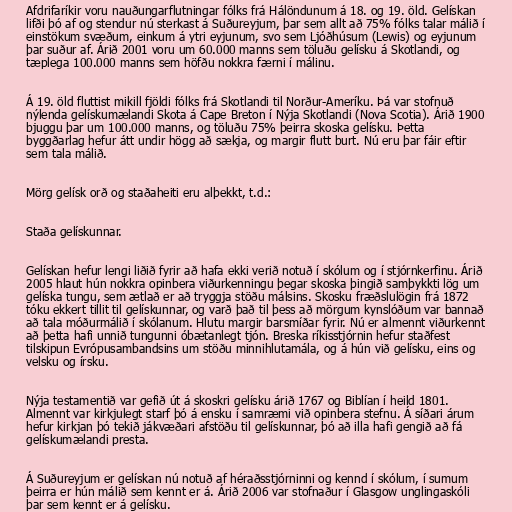
Afdrifaríkir voru nauðungarflutningar fólks frá Hálöndunum á 18. og 19. öld. Gelískan
lifði þó af og stendur nú sterkast á Suðureyjum, þar sem allt að 75% fólks talar málið í
einstökum svæðum, einkum á ytri eyjunum, svo sem Ljóðhúsum (Lewis) og eyjunum
þar suður af. Árið 2001 voru um 60.000 manns sem töluðu gelísku á Skotlandi, og
tæplega 100.000 manns sem höfðu nokkra færni í málinu.

Á 19. öld fluttist mikill fjöldi fólks frá Skotlandi til Norður-Ameríku. Þá var stofnuð
nýlenda gelískumælandi Skota á Cape Breton í Nýja Skotlandi (Nova Scotia). Árið 1900
bjuggu þar um 100.000 manns, og töluðu 75% þeirra skoska gelísku. Þetta
byggðarlag hefur átt undir högg að sækja, og margir flutt burt. Nú eru þar fáir eftir
sem tala málið.

Mörg gelísk orð og staðaheiti eru alþekkt, t.d.:

Staða gelískunnar.

Gelískan hefur lengi liðið fyrir að hafa ekki verið notuð í skólum og í stjórnkerfinu. Árið
2005 hlaut hún nokkra opinbera viðurkenningu þegar skoska þingið samþykkti lög um
gelíska tungu, sem ætlað er að tryggja stöðu málsins. Skosku fræðslulögin frá 1872
tóku ekkert tillit til gelískunnar, og varð það til þess að mörgum kynslóðum var bannað
að tala móðurmálið í skólanum. Hlutu margir barsmíðar fyrir. Nú er almennt viðurkennt
að þetta hafi unnið tungunni óbætanlegt tjón. Breska ríkisstjórnin hefur staðfest
tilskipun Evrópusambandsins um stöðu minnihlutamála, og á hún við gelísku, eins og
velsku og írsku.

Nýja testamentið var gefið út á skoskri gelísku árið 1767 og Biblían í heild 1801.
Almennt var kirkjulegt starf þó á ensku í samræmi við opinbera stefnu. Á síðari árum
hefur kirkjan þó tekið jákvæðari afstöðu til gelískunnar, þó að illa hafi gengið að fá
gelískumælandi presta.

Á Suðureyjum er gelískan nú notuð af héraðsstjórninni og kennd í skólum, í sumum
þeirra er hún málið sem kennt er á. Árið 2006 var stofnaður í Glasgow unglingaskóli
þar sem kennt er á gelísku.